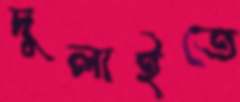
দুলাইতে